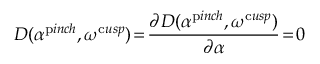
D ( \alpha ^ { \mathrm { p } i n c h } , \omega ^ { \mathrm { c } u s p } ) \! = \! \frac { \partial D ( \alpha ^ { \mathrm { p } i n c h } , \omega ^ { \mathrm { c } u s p } ) } { \partial \alpha } \! = \! 0